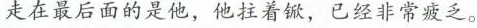
走在最后面的是他，他拄着锨，已经非常疲乏。